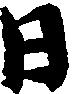
日